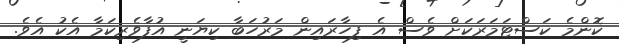
ކޮންމެ ކަސްޓަމަރަކަށް ވެސް އެ ފިހާރައިން މަރުހަބާ ކިޔަނީ އުފާވެރިކަމާ އެކު އެވެ.